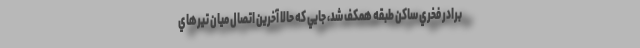
برادر فخري ساكن طبقه همكف شد، جايي كه حالا آخرين اتصال ميان تيرهاي